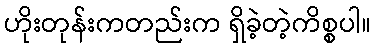
ဟိုးတုန်းကတည်းက ရှိခဲ့တဲ့ကိစ္စပါ။